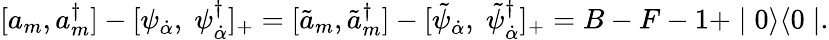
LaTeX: [a_{m},a_{m}^{\dagger}]-[\psi_{\dot{\alpha}},\; \psi_{\dot{\alpha}}^{\dagger}]_{+}=[\tilde{a}_{m},\tilde{a}_{m}^{\dagger}]-[\tilde{\psi}_{\dot{\alpha}},\; \tilde{\psi}_{\dot{\alpha}}^{\dagger}]_{+}=B-F-1+\mid 0\rangle\langle 0\mid.